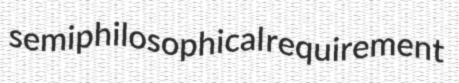
semiphilosophical requirement